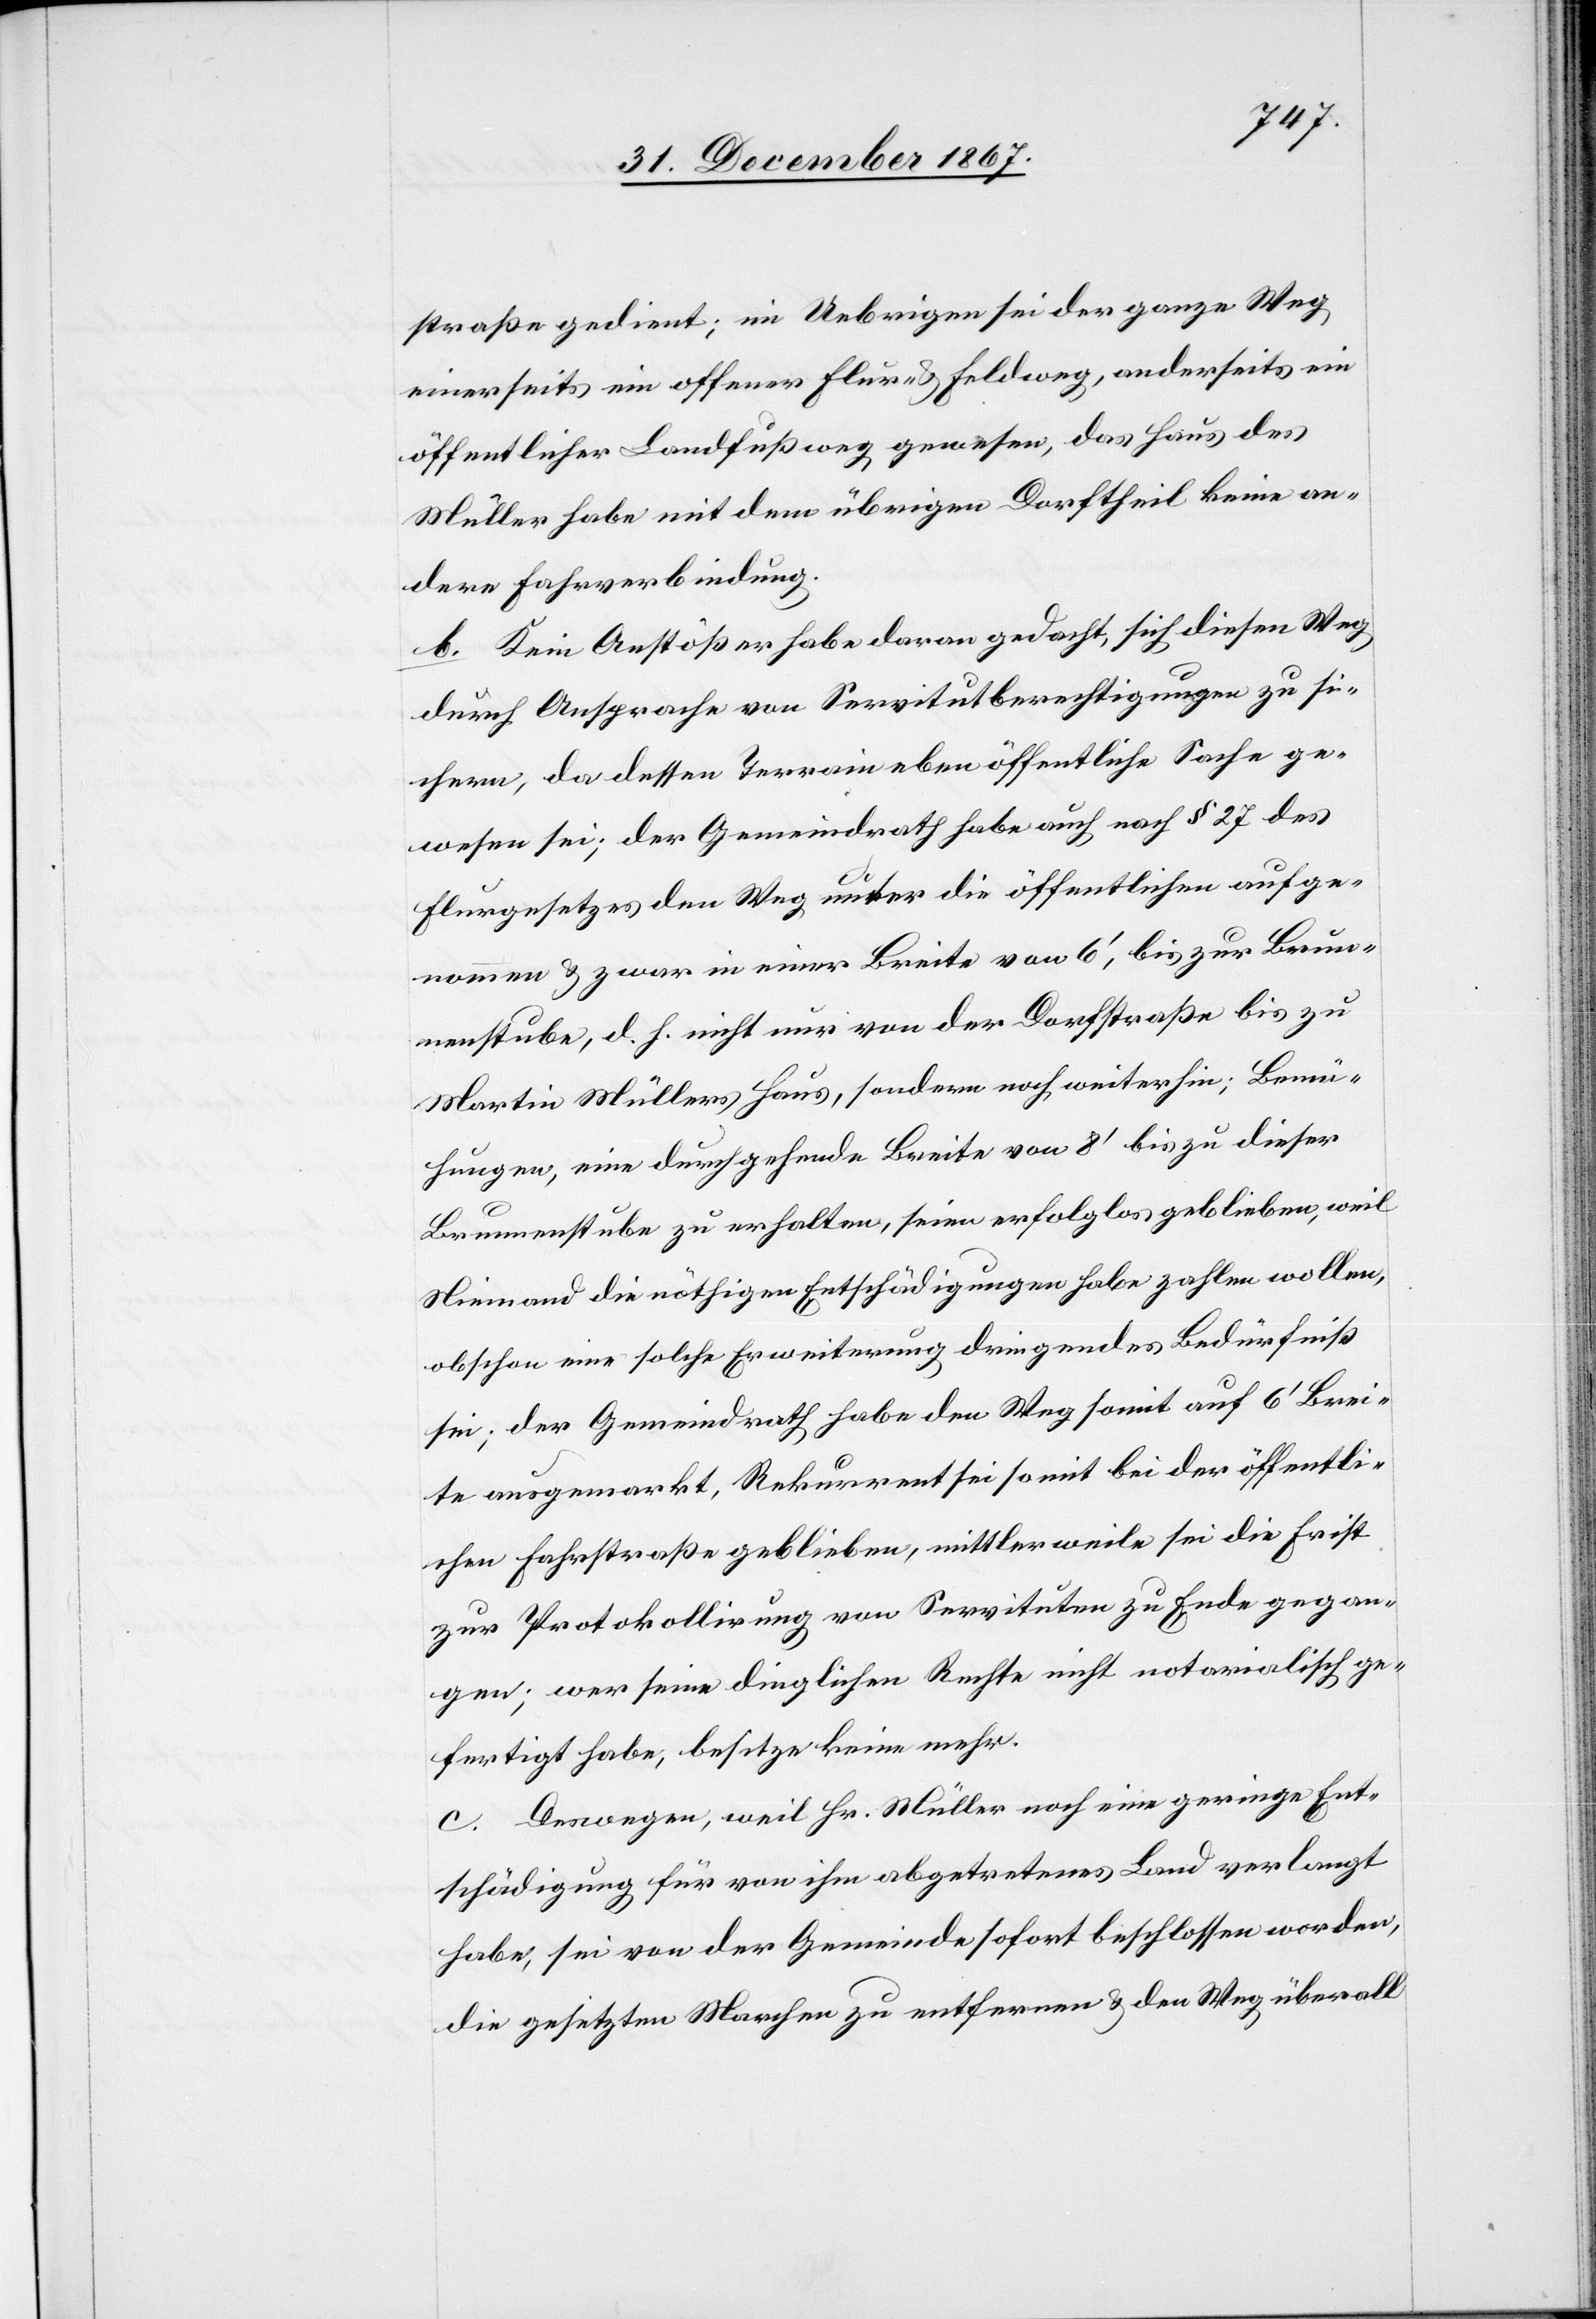
einerseits ein offener Flur- u. Feldweg, anderseits ein
öffentlicher Landfußweg gewesen, das Haus des
Müller habe mit dem übrigen Dorftheil keine an¬
dere Fahrverbindung.
b. Kein Anstößer habe daran gedacht, sich diesen Weg
durch Ansprache von Servitutberechtigungen zu si¬
chern, da dessen Terrain eben öffentliche Sache ge¬
wesen sei; der Gemeindrath habe auch nach § 27 des
Flurgesetzes den Weg unter die öffentlichen aufge¬
nommen u. zwar in einer Breite von 6‘, bis zur Brun¬
nenstube, d. h. nicht nur von der Dorfstraße bis zu
Martin Müllers Haus, sondern noch weiter hin; Bemü¬
hungen, eine durchgehende Breite von 8‘ bis zu dieser
Brunnenstube zu erhalten, seien erfolglos geblieben, weil
Niemand die nöthigen Entschädigungen habe zahlen wollen,
obschon eine solche Erweiterung dringendes Bedürfniß
sei; der Gemeindrath habe den Weg somit auf 6‘ Brei¬
te ausgemarkt, Rekurrent sei somit bei der öffentli¬
chen Fahrstraße geblieben, mittlerweile sei die Frist
zur Protokollirung von Servituten zu Ende gegan¬
gen; wer seine dinglichen Rechte nicht notarialisch ge¬
fertigt habe, besitze keine mehr.
c. Deswegen, weil Hr. Müller noch eine geringe Ent¬
schädigung für von ihm abgetretenes Land verlangt
habe, sei von der Gemeinde sofort beschlossen worden,
die gesetzten Marchen zu entfernen u. den Weg überall